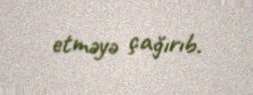
etməyə çağırıb.